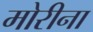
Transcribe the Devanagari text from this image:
मोरीना